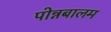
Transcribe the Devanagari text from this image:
पोन्नबालम